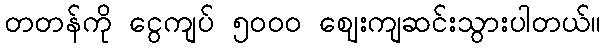
တတန်ကို ငွေကျပ် ၅ဝဝဝ ဈေးကျဆင်းသွားပါတယ်။